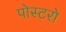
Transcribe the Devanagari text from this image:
पोस्टरो